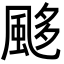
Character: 𩗈